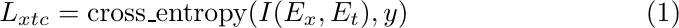
\begin{equation}
L_{xtc} = \text{cross\_entropy}(I(E_x, E_t), y)
\end{equation}